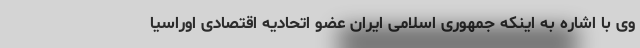
وی با اشاره به اینکه جمهوری اسلامی ایران عضو اتحادیه اقتصادی اوراسیا